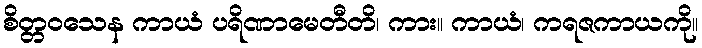
စိတ္တဝသေန ကာယံ ပရိဏာမေတီတိ၊ ကား။ ကာယံ၊ ကရဇကာယကို။